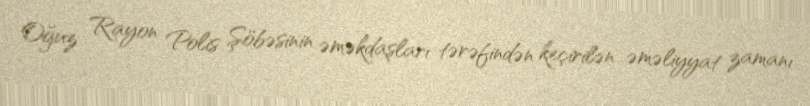
Oğuz Rayon Polis Şöbəsinin əməkdaşları tərəfindən keçirilən əməliyyat zamanı